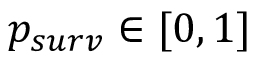
p _ { s u r v } \in [ 0 , 1 ]